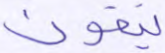
يتقون